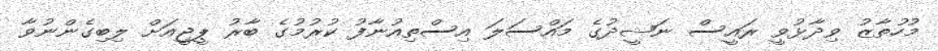
މުހުތާޒު ވިދާޅުވީ ރައީސް ނަޝީދުގެ މައްސަލަ އިސްތިއުނާފު ކުރުމުގެ ބާރު ޕީޖީއަށް ލިބިގެންނުވާ